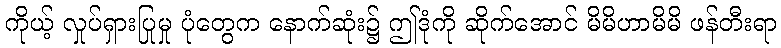
ကိုယ့် လှုပ်ရှားပြုမှု ပုံတွေက နောက်ဆုံး၌ ဤဒုံကို ဆိုက်အောင် မိမိဟာမိမိ ဖန်တီးရာ